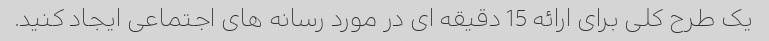
یک طرح کلی برای ارائه 15 دقیقه ای در مورد رسانه های اجتماعی ایجاد کنید.